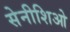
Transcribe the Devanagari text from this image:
सेनीशिओ